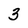
Character: 3